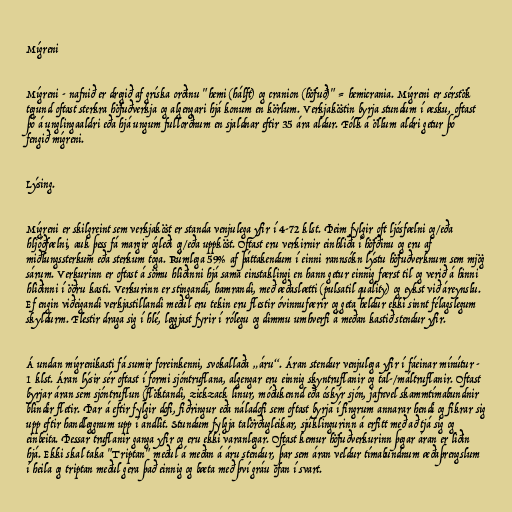
Mígreni

Mígreni - nafnið er dregið af gríska orðinu "hemi (hálft) og cranion (höfuð)" = hemicrania. Mígreni er sérstök
tegund oftast sterkra höfuðverkja og algengari hjá konum en körlum. Verkjaköstin byrja stundum í æsku, oftast
þó á unglingaaldri eða hjá ungum fullorðnum en sjaldnar eftir 35 ára aldur. Fólk á öllum aldri getur þó
fengið mígreni.

Lýsing.

Mígreni er skilgreint sem verkjaköst er standa venjulega yfir í 4-72 klst. Þeim fylgir oft ljósfælni og/eða
hljóðfælni, auk þess fá margir ógleði og/eða uppköst. Oftast eru verkirnir einhliða í höfðinu og eru af
miðlungssterkum eða sterkum toga. Rúmlega 59% af þáttakendum í einni rannsókn lýstu höfuðverknum sem mjög
sárum. Verkurinn er oftast á sömu hliðinni hjá sama einstaklingi en hann getur einnig færst til og verið á hinni
hliðinni í öðru kasti. Verkurinn er stingandi, hamrandi, með æðaslætti (pulsatil quality) og eykst við áreynslu.
Ef engin viðeigandi verkjastillandi meðul eru tekin eru flestir óvinnufærir og geta heldur ekki sinnt félagslegum
skyldurm. Flestir draga sig í hlé, leggjast fyrir í rólegu og dimmu umhverfi á meðan kastið stendur yfir.

Á undan mígrenikasti fá sumir foreinkenni, svokallaða „áru“. Áran stendur venjulega yfir í fáeinar mínútur -
1 klst. Áran lýsir sér oftast í formi sjóntruflana, algengar eru einnig skyntruflanir og tal-/máltruflanir. Oftast
byrjar áran sem sjóntruflun (flöktandi, zickzack línur, móðukennd eða óskýr sjón, jafnvel skammtímabundnir
blindir fletir. Þar á eftir fylgir dofi, fiðringur eða náladofi sem oftast byrja í fingrum annarar hendi og fikrar sig
upp eftir handleggnum upp í andlit. Stundum fylgja talörðugleikar, sjúklingurinn á erfitt með að tjá sig og
einbeita. Þessar truflanir ganga yfir og eru ekki varanlegar. Oftast kemur höfuðverkurinn þegar áran er liðin
hjá. Ekki skal taka "Triptan" meðul á meðan á áru stendur, þar sem áran veldur tímabundnum æðaþrengslum
í heila og triptan meðul gera það einnig og bæta með því gráu ofan í svart.